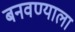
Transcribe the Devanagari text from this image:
बनवण्याला